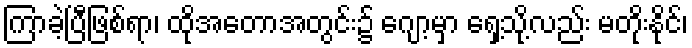
ကြာခဲ့ပြီဖြစ်ရာ၊ ထိုအတောအတွင်း၌ ဂျော့မှာ ရှေ့သို့လည်း မတိုးနိုင်၊